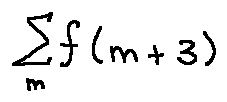
\sum \limits _ { m } f ( m + 3 )